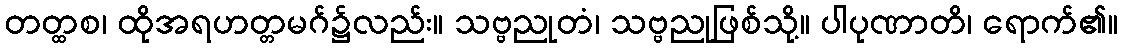
တတ္ထစ၊ ထိုအရဟတ္တမဂ်၌လည်း။ သဗ္ဗညုတံ၊ သဗ္ဗညုဖြစ်သို့။ ပါပုဏာတိ၊ ရောက်၏။